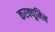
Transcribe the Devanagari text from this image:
करक्यूमिन